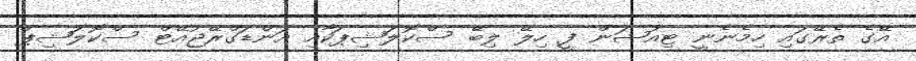
އޭގެ ތެރޭގައި ހިމެނެނީ ޓިއުޝަން ފީ ހިލޭ ލިބޭ ސްކޮލަޝިޕަކާއި އަންޑަގްރޭޖުއޭޓް ސްކޮލަޝިޕް